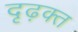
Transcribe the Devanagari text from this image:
दृढ़क्त